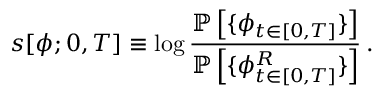
{ s } [ { \phi } ; 0 , T ] \equiv \log \frac { \mathbb { P } \left[ \{ { \phi } _ { t \in [ 0 , T ] } \} \right] } { \mathbb { P } \left[ \{ { \phi } _ { t \in [ 0 , T ] } ^ { R } \} \right] } \, .